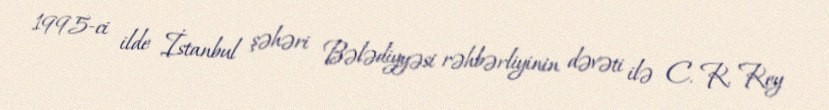
1995-ci ilde İstanbul şəhəri Bələdiyyəsi rəhbərliyinin dəvəti ilə C. R. Rey